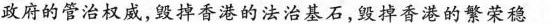
政府的管治权威，毁掉香港的法治基石，毁掉香港的繁荣稳